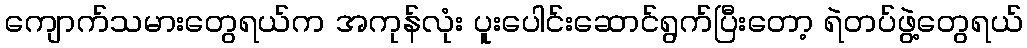
ကျောက်သမားတွေရယ်က အကုန်လုံး ပူးပေါင်းဆောင်ရွက်ပြီးတော့ ရဲတပ်ဖွဲ့တွေရယ်